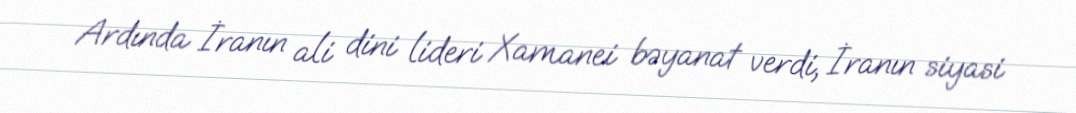
Ardında İranın ali dini lideri Xamanei bəyanat verdi, İranın siyasi